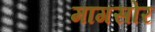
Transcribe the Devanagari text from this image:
मागसोर